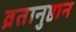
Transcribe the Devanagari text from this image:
व्रतानुष्ठान